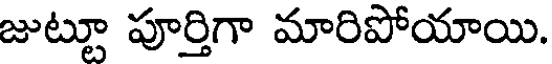
జుట్టూ పూర్తిగా మారిపోయాయి.